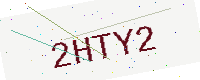
Text: 2HTY2